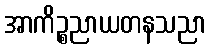
အာကိဉ္စညာယတနသညာ